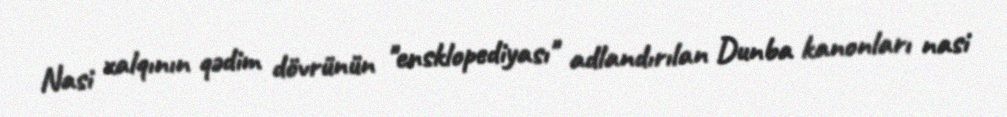
Nasi xalqının qədim dövrünün "ensklopediyası" adlandırılan Dunba kanonları nasi